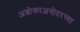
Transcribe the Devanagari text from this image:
अशोकाअगोदरच्या